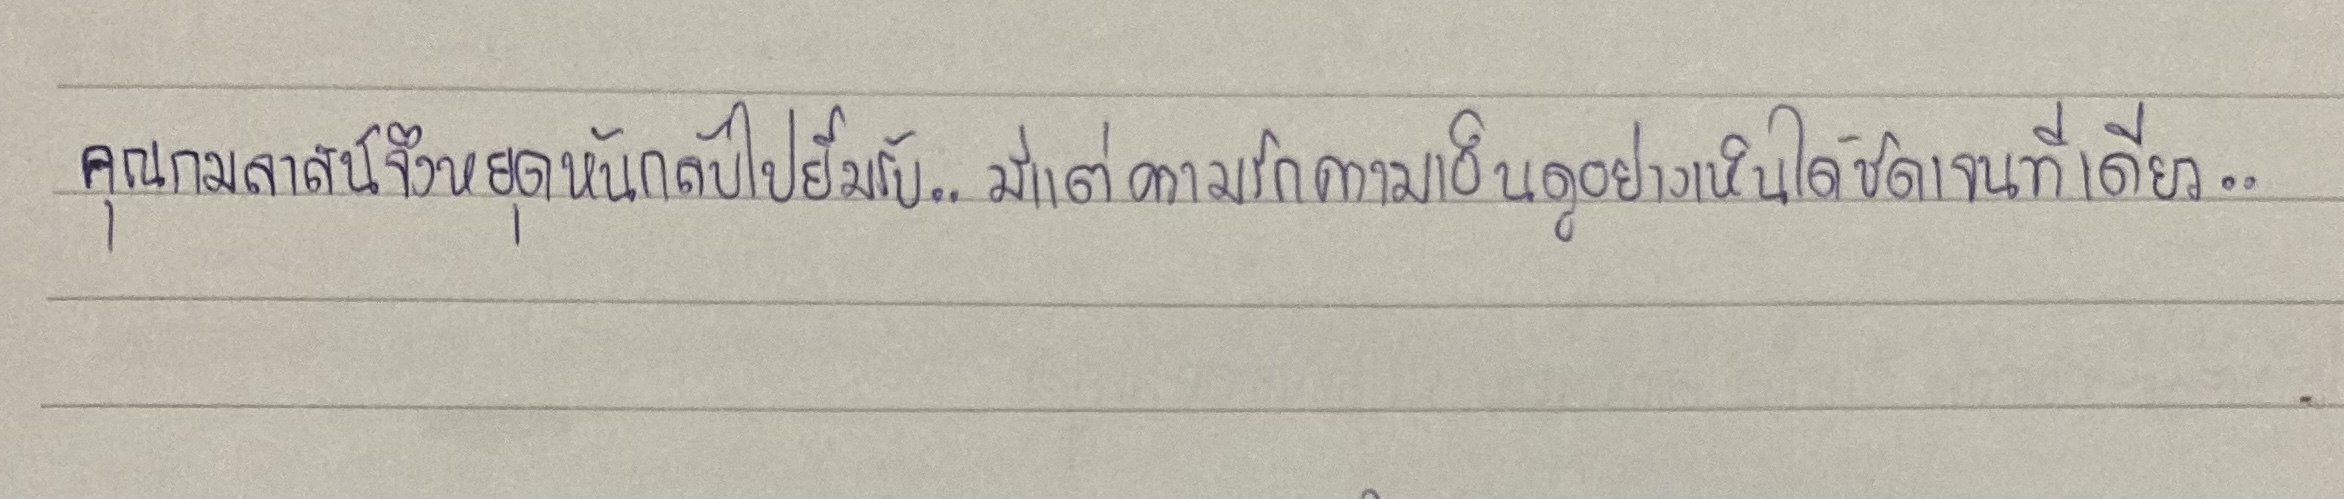
คุณกมลาสน์จึงหยุดหันกลับไปยิ้มรับ...มีแต่ความรักความเอ็นดูอย่างเห็นได้ชัดเจนทีเดียว...